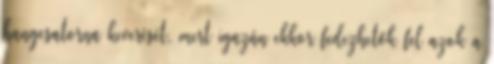
hangcsatorna keverését, mert igazán ekkor fedezhetők fel azok a